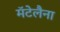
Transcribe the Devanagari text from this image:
मॅटेलैना